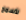
لأسمح